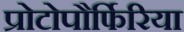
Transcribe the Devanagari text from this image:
प्रोटोपौर्फिरिया